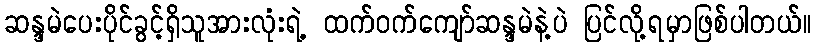
ဆန္ဒမဲပေးပိုင်ခွင့်ရှိသူအားလုံးရဲ့ ထက်ဝက်ကျော်ဆန္ဒမဲနဲ့ပဲ ပြင်လို့ရမှာဖြစ်ပါတယ်။